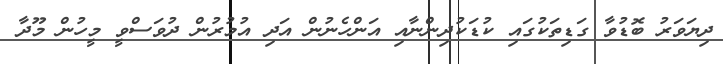
ދިޔަވަރު ބޮޑުވާ ގަޑިތަކުގައި ކުޑަކުދިންނާއި އަންހެނުން އަދި އުމުރުން ދުވަސްވީ މީހުން މޫދާ